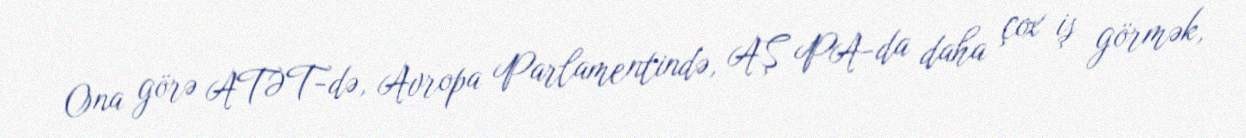
Ona görə ATƏT-də, Avropa Parlamentində, AŞ PA-da daha çox iş görmək,